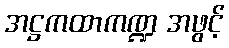
အဋ္ဌကထာကဏ္ဍ အဖွင့်